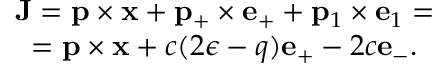
\begin{array} { c } { { { \bf J } = { \bf p } \times { \bf x } + { \bf p } _ { + } \times { \bf e } _ { + } + { \bf p } _ { 1 } \times { \bf e } _ { 1 } = } } \\ { { = { \bf p } \times { \bf x } + c ( 2 \epsilon - q ) { \bf e } _ { + } - 2 c { \bf e } _ { - } . } } \end{array}